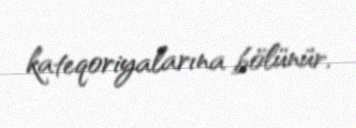
kateqoriyalarına bölünür.